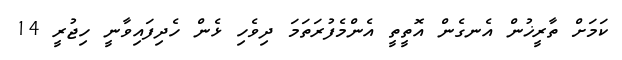
ކަމަށް ތާރީޚުން އެނގެން އޮތީތީ އެންމެފުރަތަމަ ދިވެހި ޅެން ހެދިފައިވާނީ ހިޖުރީ 14